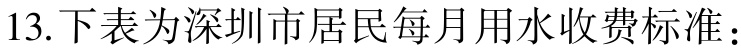
13.下表为深圳市居民每月用水收费标准：